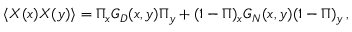
\langle X ( x ) X ( y ) \rangle = \Pi _ { x } { \cal G } _ { D } ( x , y ) \Pi _ { y } + ( 1 - \Pi ) _ { x } { \cal G } _ { N } ( x , y ) ( 1 - \Pi ) _ { y } \, ,